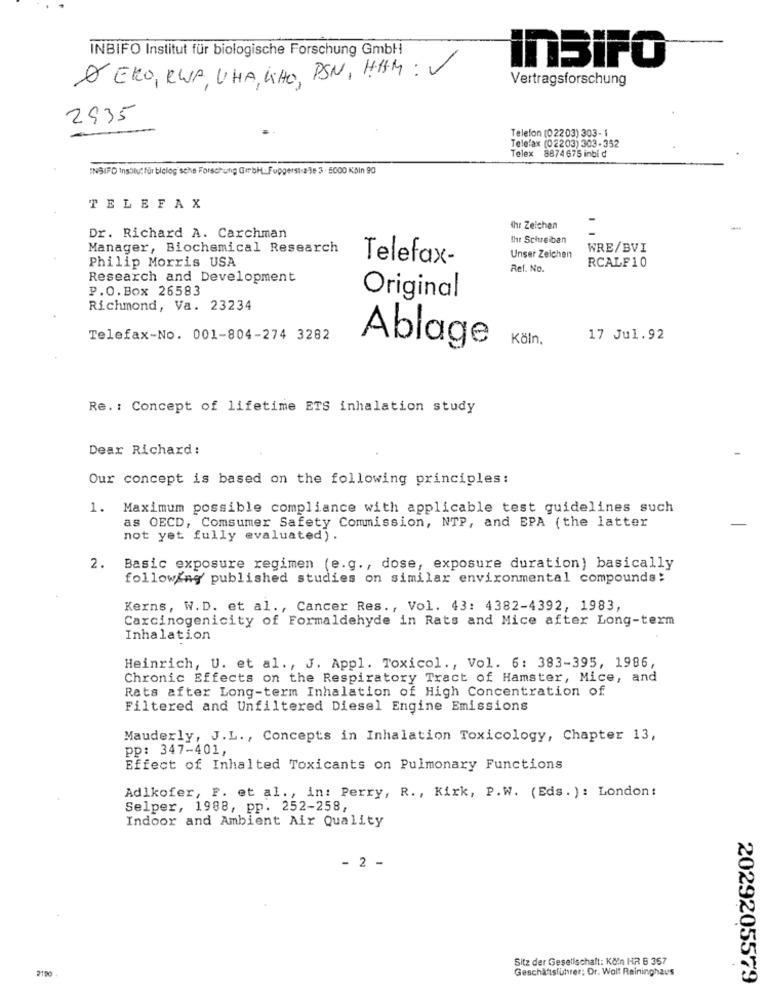
INBIFO Institut für biologische Forschung GmbH
ITBiFO
A ERO, RWA, UHA, KHO, PSN, HAM:
Vertragsforschung
2935
Telefon (02203) 303- 1
Telefax (02203) 303-352
x 8874 675 inbid
INS(FD Insblut für biologische Forschung GirbH. Fupgerst-2-3e 3 . 5000 Köln 90
TELEFAX
Ihr Zeichen
Dr. Richard A. Carchman
Ihr Schreiban
Manager, Biochemical Research
WRE/BVI
Philip Morris USA
Telefax-
Unser Zeichen
RCALF10
Ref. No.
Research and Development
P.O.Box 26583
Original
Richmond, Va. 23234
Telefax-No. 001-804-274 3282
Köln .
17 Jul.92
Ablage
Re. : Concept of lifetime ETS inhalation study
Dear Richard:
Our concept is based on the following principles:
1. Maximum possible compliance with applicable test guidelines such
as OECD, Comsumer Safety Commission, NTP, and EPA (the latter
not yet fully evaluated) .
2.
Basic exposure regimen (e.g ., dose, exposure duration) basically
following' published studies on similar environmental compounds:
Kerns, W.D. et al ., Cancer Res ., Vol. 43: 4382-4392, 1983,
Carcinogenicity of Formaldehyde in Rats and Mice after Long-term
Inhalation
Heinrich, U. et al ., J. Appl. Toxicol ., Vol. 6: 383-395, 1986,
Chronic Effects on the Respiratory Tract of Hamster, Mice, and
Rats after Long-term Inhalation of High Concentration of
Filtered and Unfiltered Diesel Engine Emissions
Mauderly, J.L ., Concepts in Inhalation Toxicology, Chapter 13,
pp: 347-401,
Effect of Inhalted Toxicants on Pulmonary Functions
Adlkofer, F. et al ., in: Perry, R ., Kirk, P.W. (Eds. ): London:
Selper, 1988, pp. 252-258,
Indoor and Ambient Air Quality
- 2 -
Sitz der Gesellschaft: Kön HR B 357
2:00
Geschäftsführer: Dr. Wolt Reininghaus
2029205579